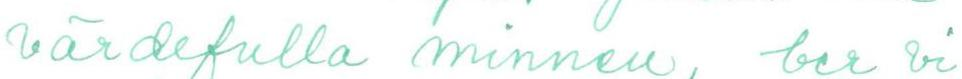
värdefulla minnen, ber vi